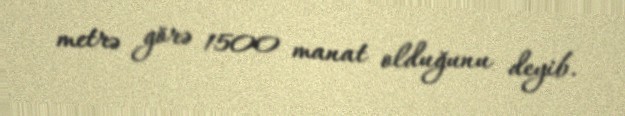
metrə görə 1500 manat olduğunu deyib.